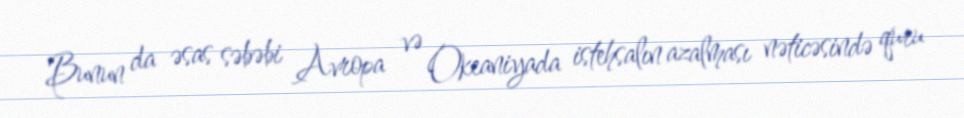
Bunun da əsas səbəbi Avropa və Okeaniyada istehsalın azalması nəticəsində quru